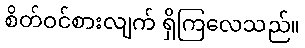
စိတ်ဝင်စားလျက် ရှိကြလေသည်။